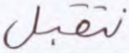
نتقبل